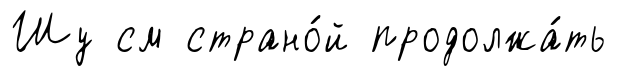
Шу см страно́й продолжа́ть